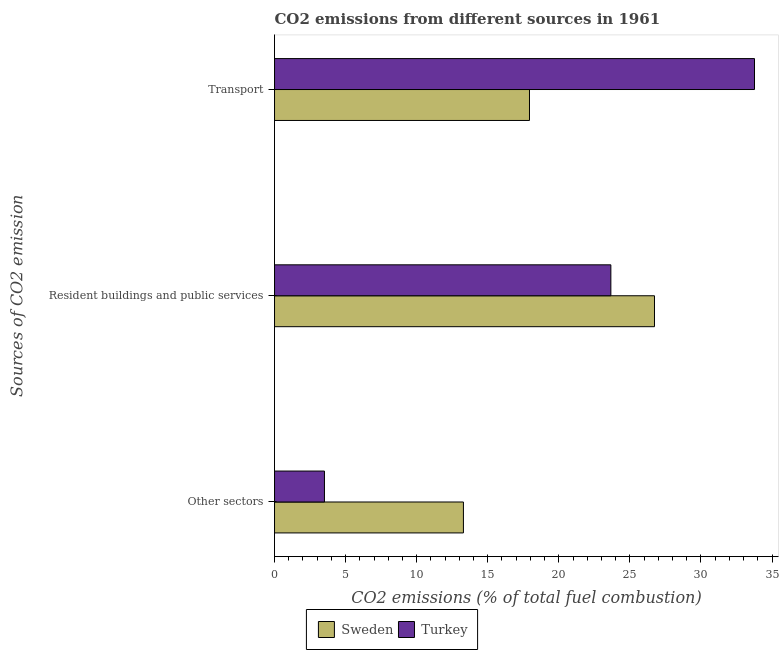
| Sources of CO2 emission | Sweden | Turkey |
 | --- | --- | --- |
 | Other sectors | 13.3 | 3.51 |
 | Resident buildings and public services | 26.7 | 23.7 |
 | Transport | 17.9 | 33.8 |